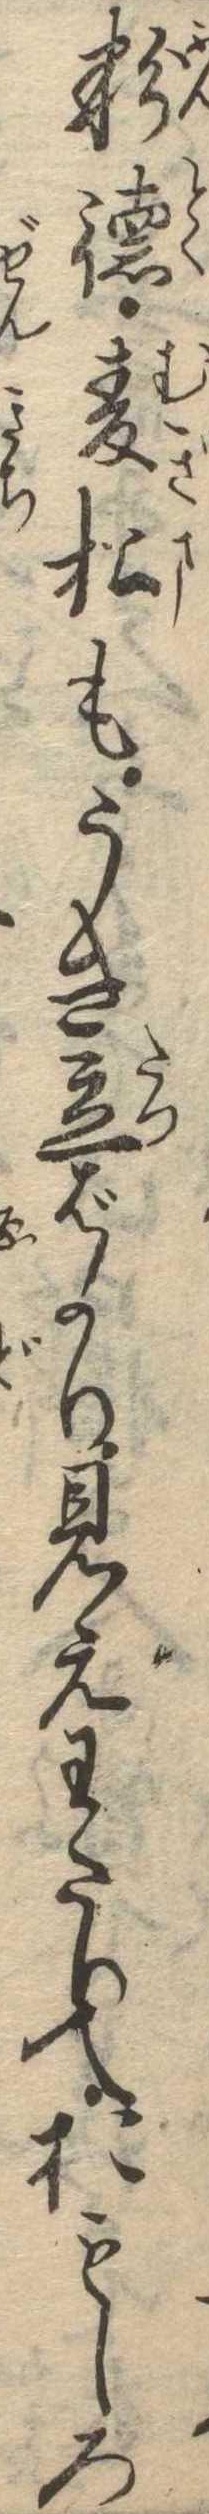
粉徳麦松もうき立ばかり見えわたりておもしろ